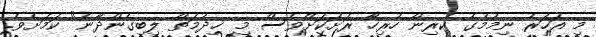
މި އަހަރު ނިމުމުގެ ކުރިން ހުރިހާ ރަށަކަށްވެސް މި ޚިދުމަތް ލިބިގެންދާނެ" ކަމަށެވެ.